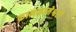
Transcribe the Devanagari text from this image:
कामकामेश्वरी